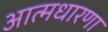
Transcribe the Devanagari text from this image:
आत्मधारणा